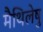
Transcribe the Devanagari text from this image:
मैथिलेषु